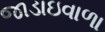
જાડાઇવાળા